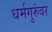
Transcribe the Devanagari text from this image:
धर्मगुरुंवर